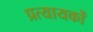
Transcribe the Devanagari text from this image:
प्रत्यायकों